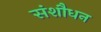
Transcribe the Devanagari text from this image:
संशौधन